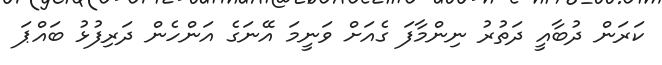
ކަރަން ދުބާއީ ދަތުރު ނިންމާފަ ގެއަށް ވަނީމަ އޭނަގެ އަންހެން ދަރިފުޅު ބައްޕަ